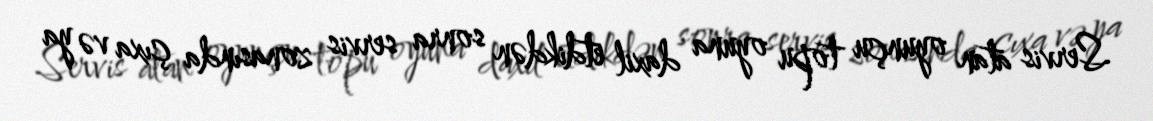
Servis atan oyunçu topu oyuna daxil etdikdən sonra servis zonasında çıxa və ya